Report on the Civil Veterinary Department, Eastern Bengal and Assam - 1907-1911
Year: 1907
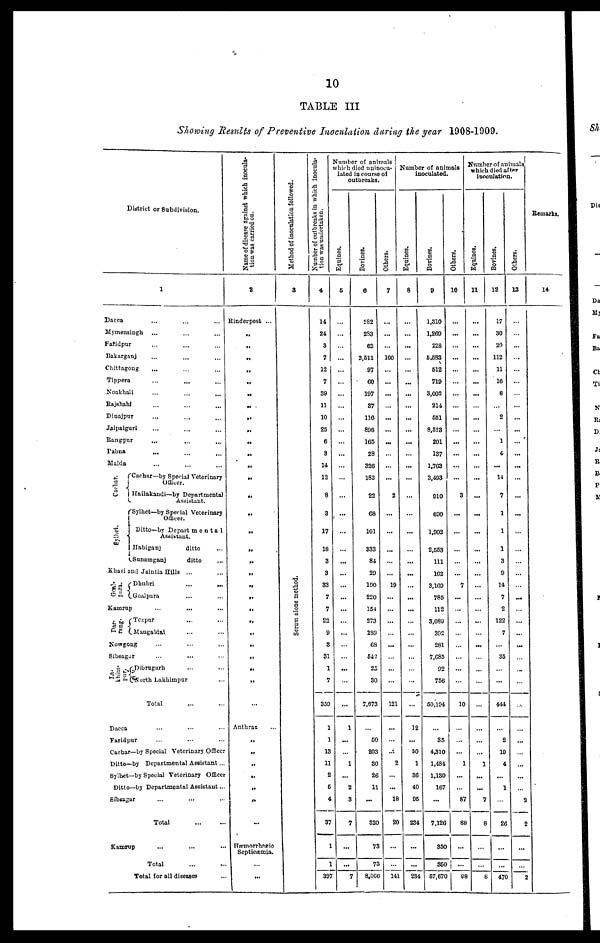
10
TABLE III
Showing Results of Preventive Inoculation during the year 1908-1909.
District or Subdivision.
1
Dacca ... ... ...
Mymensingh
... ... ...
Fatidpur ... ... ...
Bakarganj ... ... ...
Chittagong ... ... ...
Tippera ... ... ...
Noakhali ... ... ...
Rajshahi ... ... ...
Dinajpur ... ... ...
Jalpaiguri ... ... ...
Rangpur ... ... ...
Pabns ... ... ...
Malda ... ... ...
Cachar—by Special Veterinary
Officer.
Hailakandi—by Departmental
Assistant.
Sylhet—by Special Veterinary
Officer.
Ditto—by Departmental
Assistant.
Habiganj
ditto
...
Sanamganj
ditto ...
Khasi and Jaintia Hills ... ...
Dhubri ... ...
Goalpara ... ...
Kamrup ... ...
Tezpur ... ...
Mangaldai ... ...
Nowgong ... ... ...
Sibsagar ... ... ...
Dibrugarh ... ...
North
Lakhimpur ...
Total ... ...
Dacca ... ... ...
Faridpur ... ... ...
Cachar—by Special Veterinary Officer
Ditto—by Departmental Assistant...
Sylhet—by Special Veterinary Officer
Ditto—by Departmental Assistant...
Sibsagar ... ... ...
Total
...
...
Kamrup ... ... ...
Total ... ...
Total for all diseases ...
Name of disease against which inocula-
tion was carried on.
2
Rinderpest ...
„
„
„
„
„
„
„
„
„
„
„
„
„
„
„
„
„
„
„
„„
„
„
„
„
„
„
„
„
Anthrax ...
„
„
„
„
„
„
...
Hæmorrhagic
Septicæmia.
..
...
Method of
followed. 3
Serum alone method
Number
of outbreaks in which inocula-
tion was undertaken.
4
14
24
3
7
12
7
39
11
10
25
6
3
14
12
8
3
17
18
3
3
33
7
7
22
9
8
31
1
7
359
1
1
13
11
2
6
4
37
1
1
397
Number of animals
which died uninocu-
lated in course of
outbreaks.
Equines.
5
...
...
...
...
...
...
...
...
...
...
...
...
...
...
...
...
...
...
...
...
...
...
...
...
...
...
...
...
...
...
...
1
...
...
1
...
2
3
7
...
...
7
Bovines.
6
282
283
62
2,611
97
60
197
37
116
898
165
28
326
183
22
68
101
333
84
29
100
220
154
273
289
68
542
25
30
7,673
...
60
203
80
26
11
...
320
73
73
8,066
Others.
7
...
...
...
100
...
...
...
...
...
...
...
...
...
...
2
...
...
...
...
...
...
19
...
...
...
...
...
...
...
...
121
...
...
...
2
...
...
18
20
...
...
141
N u m b e r of a ni ma l
s
inoculated.
Equines.
8
...
...
...
...
...
...
...
...
...
...
...
...
...
...
...
...
...
...
...
...
...
...
...
...
...
...
...
...
...
...
12
...
50
1
36
40
95
234
...
...
234
Bovines.
9
1,310
1,269
228
5,583
612
719
3,002
214
551
8,523
201
137
1,763
3,493
910
600
1,902
2,553
111
102
3,109
785
112
3,089
302
281
7,685
92
756
56,194
...
35
4,310
1,484
1,130
167
...
7.126
350
860
67,670
Others.
10
...
...
...
...
...
...
...
...
...
...
...
...
...
...
3
...
...
...
...
...
7
...
...
...
...
...
...
...
...
10
...
...
...
1
...
...
87
88
...
...
9£
Number of animals
which died after
inoculation.
Equines,
11
...
...
...
...
...
...
...
...
...
...
...
...
...
...
...
...
...
...
...
...
...
...
...
...
...
...
...
...
...
...
...
...
...
...
1
...
...
7
8
...
...
8
Bovines.
12
17
30
20
112
11
16
8
...
2
...
1
4
...
14
7
1
1
1
3
9
14
7
2
122
7
...
35
...
...
444
...
2
19
4
1
26
...
...
470
Others.
13
...
...
...
...
...
...
...
...
...
...
...
...
...
...
...
...
...
...
...
...
...
...
...
...
...
...
...
...
...
...
...
...
...
...
...
...
...
2
2
...
...
2
Remarks.
14
...
.
...
...